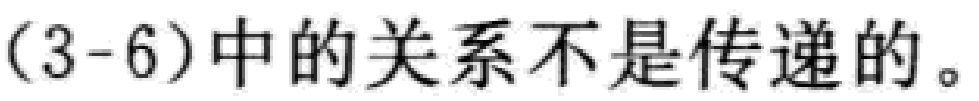
(3-6)中的关系不是传递的。